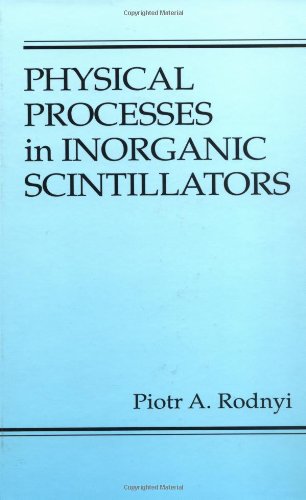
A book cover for Physical Processes in Inorganic Scintillators (Laser & Optical Science & Technology); Piotr A. Rodnyi; Science & Math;